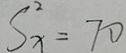
S _ { x } ^ { 2 } = 7 0